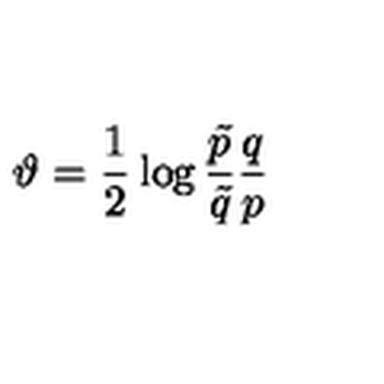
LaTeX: \vartheta = { \frac { 1 } { 2 } } \log { { \frac { \tilde { p } } { \tilde { q } } } { \frac { q } { p } } }